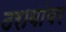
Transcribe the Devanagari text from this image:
ठरावांवर